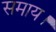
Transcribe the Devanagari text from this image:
समाय।